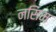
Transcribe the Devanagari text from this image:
नसिम